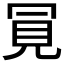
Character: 𧠊